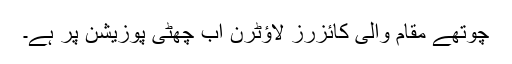
چوتھے مقام والی کائزرز لاؤٹرن اب چھٹی پوزیشن پر ہے۔